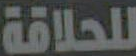
للحلاقة